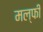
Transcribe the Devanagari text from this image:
मल्फी